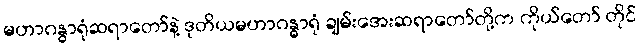
မဟာဂန္ဓာရုံဆရာတော်နဲ့ ဒုတိယမဟာဂန္ဓာရုံ ချမ်းအေးဆရာတော်တို့က ကိုယ်တော် တိုင်